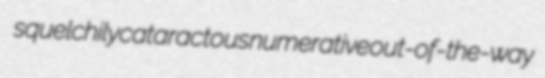
squelchily cataractous numerative out-of-the-way